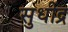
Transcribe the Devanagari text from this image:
सुधींद्र